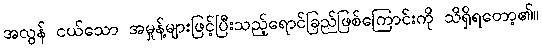
အလွန် ငယ်သော အမှုန့်များဖြင့်ပြီးသည့်ရောင်ခြည်ဖြစ်ကြောင်းကို သိရှိရတော့၏။